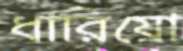
ধারিয়ো